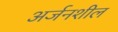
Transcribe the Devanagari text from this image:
अर्जनशील